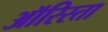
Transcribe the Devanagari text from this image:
ऑरिस्ता